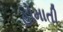
હોમાતી